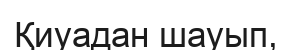
Қиуадан шауып,